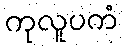
ကုလူပကံ